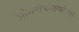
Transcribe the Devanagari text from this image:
ओर्गनोफोस्फोरस